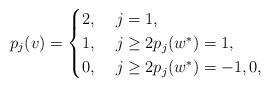
LaTeX: \begin{align*}p_j(v)&=\begin{cases}2, \; & j=1, \\1, & j\geq 2 p_j(w^*)=1, \\0, & j\geq 2 p_j(w^*)=-1,0, \\\end{cases}\end{align*}